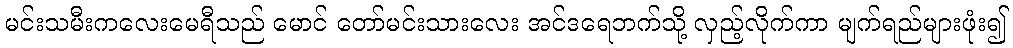
မင်းသမီးကလေးမေရီသည် မောင် တော်မင်းသားလေး အင်ဒရေဘက်သို့ လှည့်လိုက်ကာ မျက်ရည်များဖုံး၍